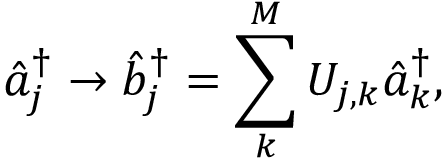
\hat { a } _ { j } ^ { \dag } \rightarrow \hat { b } _ { j } ^ { \dag } = \sum _ { k } ^ { M } U _ { j , k } \hat { a } _ { k } ^ { \dag } ,